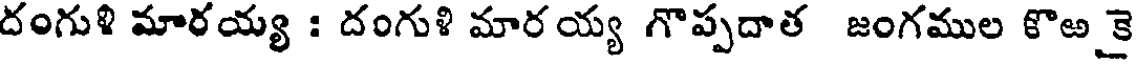
దంగుళి మారయ్య : దంగుళి మారయ్య గొప్పదాత జంగముల కొఱ కై